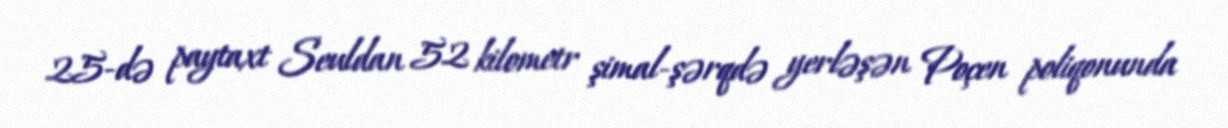
25-də paytaxt Seuldan 52 kilometr şimal-şərqdə yerləşən Poçen poliqonunda